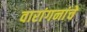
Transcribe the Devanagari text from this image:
वारांगनांचे